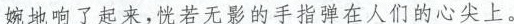
婉地响了起来，恍若无影的手指弹在人们的心尖上。